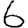
Digit: 6